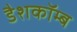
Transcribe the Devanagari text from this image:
डैशकॉम्ब